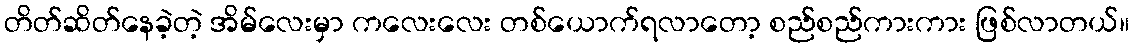
တိတ်ဆိတ်နေခဲ့တဲ့ အိမ်လေးမှာ ကလေးလေး တစ်ယောက်ရလာတော့ စည်စည်ကားကား ဖြစ်လာတယ်။